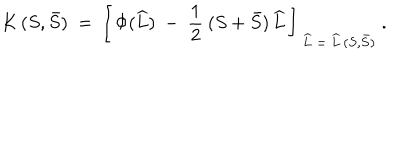
LaTeX: K \, ( S , \bar { S } ) \ = \ \left[ \, \Phi ( \widehat L ) \ - \ \frac { 1 } { 2 } \: ( S + \bar { S } ) \, \widehat L \, \right] _ { \ \widehat L \ = \ \widehat L \, ( S , \bar { S } ) } \ .